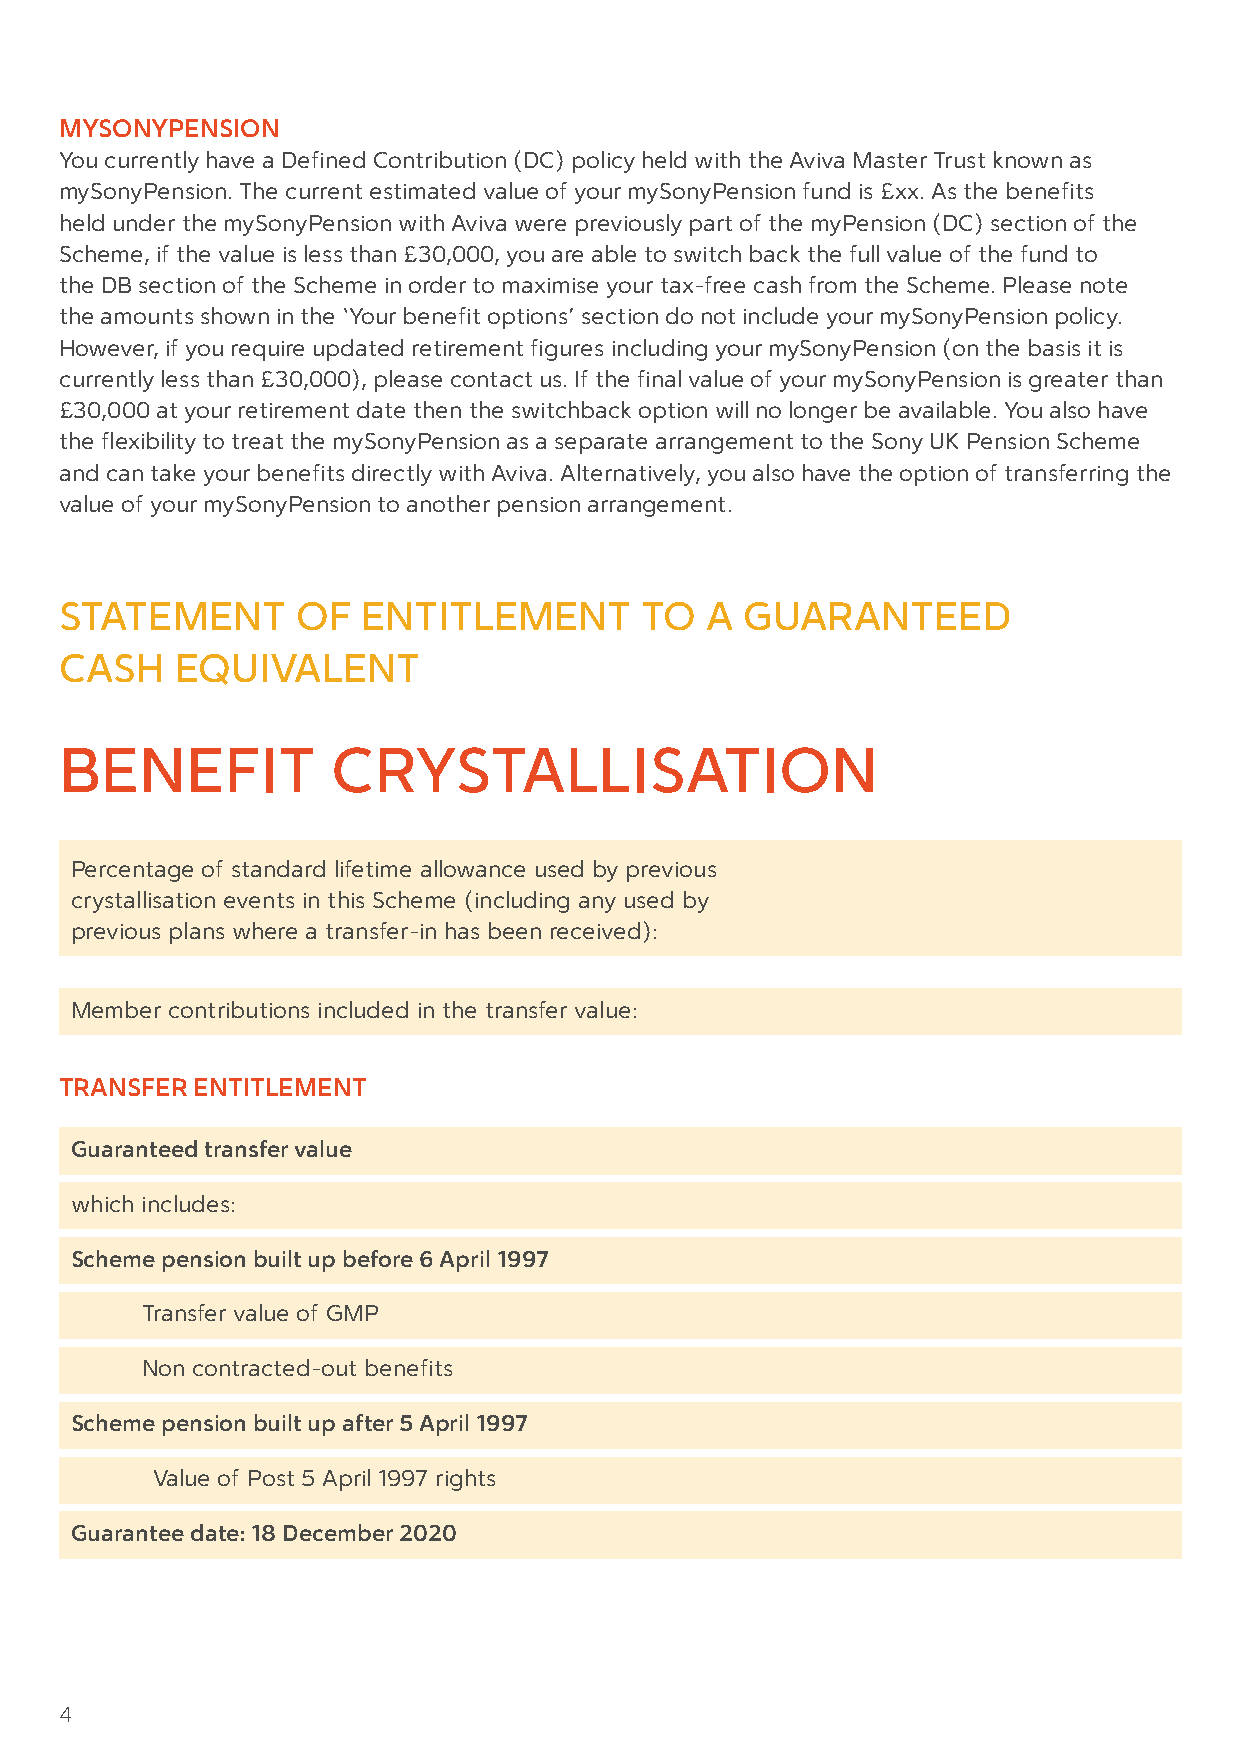
MYSONYPENSION
 You currently have a Defined Contribution (DC) policy held with the Aviva Master Trust known as
 mySonyPension. The current estimated value of your mySonyPension fund is £xx. As the benefits
 held under the mySonyPension with Aviva were previously part of the myPension (DC) section of the
 Scheme, if the value is less than £30,000, you are able to switch back the full value of the fund to
 the DB section of the Scheme in order to maximise your tax-free cash from the Scheme. Please note
 the amounts shown in the ‘Your benefit options’ section do not include your mySonyPension policy.
 However, if you require updated retirement figures including your mySonyPension (on the basis it is
 currently less than £30,000), please contact us. If the final value of your mySonyPension is greater than
 £30,000 at your retirement date then the switchback option will no longer be available. You also have
 the flexibility to treat the mySonyPension as a separate arrangement to the Sony UK Pension Scheme
 and can take your benefits directly with Aviva. Alternatively, you also have the option of transferring the
 value of your mySonyPension to another pension arrangement.
 STATEMENT       OF  ENTITLEMENT       TO   A GUARANTEED
 CASH    EQUIVALENT
 BENEFIT           CRYSTALLISATION
 Percentage of standard lifetime allowance used by previous
 crystallisation events in this Scheme (including any used by
 previous plans where a transfer-in has been received):
 Member contributions included in the transfer value:
 TRANSFER ENTITLEMENT
 Guaranteed transfer value
 which includes:
 Scheme pension built up before 6 April 1997
 Transfer value of GMP
 Non contracted-out benefits
 Scheme pension built up after 5 April 1997
 Value of Post 5 April 1997 rights
 Guarantee date: 18 December 2020
 4